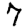
Digit: 7